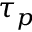
\tau _ { p }